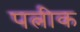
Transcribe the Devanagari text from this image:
पत्नीक